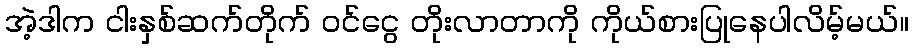
အဲ့ဒါက ငါးနှစ်ဆက်တိုက် ဝင်ငွေ တိုးလာတာကို ကိုယ်စားပြုနေပါလိမ့်မယ်။